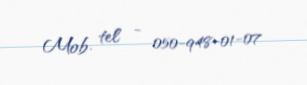
Mob. tel - 050-948-01-07